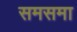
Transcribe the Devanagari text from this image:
समसमा